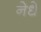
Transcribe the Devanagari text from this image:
नेधे